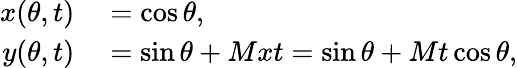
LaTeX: \begin{array}{rl}{x(\theta,t)}&{{}=\cos\theta,}\\ {y(\theta,t)}&{{}=\sin\theta+Mxt=\sin\theta+Mt\cos\theta,}\end{array}